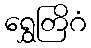
ရွှေတြိဂံ